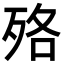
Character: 𣧳